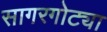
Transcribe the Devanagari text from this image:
सागरगोट्या